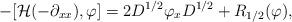
LaTeX: \begin{align*}-[\mathcal{H}(-\partial_{xx}), \varphi] = 2 D^{1/2} \varphi_{x} D^{1/2} + R_{1/2}(\varphi),\end{align*}